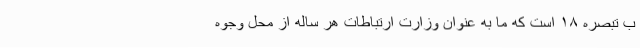
ب تبصره ۱۸ است که ما به عنوان وزارت ارتباطات هر ساله از محل وجوه